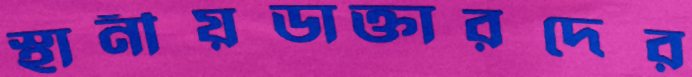
স্থানীয়ডাক্তারদের